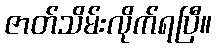
ဇာတ်သိမ်းလိုက်ရပြီ။